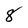
Character: 8